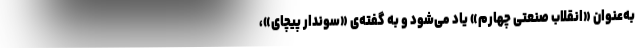
به‌عنوان «انقلاب صنعتی چهارم» یاد می‌شود و به گفته‌ی «سوندار پیچای»،